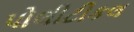
પોલીટીકલ